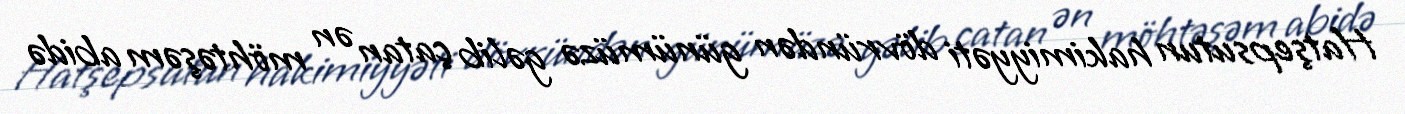
Hatşepsutun hakimiyyəti dövründən günümüzə gəlib çatan ən möhtəşəm abidə